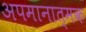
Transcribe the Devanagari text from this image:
अपमानात्मक